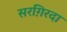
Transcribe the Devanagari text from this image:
सरग़िरदा